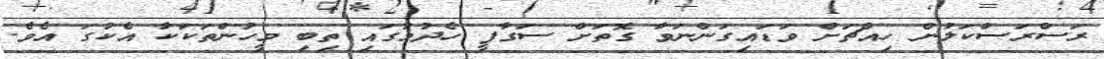
ރަސްރަސްކަލުން ހިއްޗަށް ވަޑައިގަންނަވާ ގޮތަށް ސަގާފީ ހެދުމުގައި ތިބި މީހުންތަކަކާ އެކުގަ އެވެ.